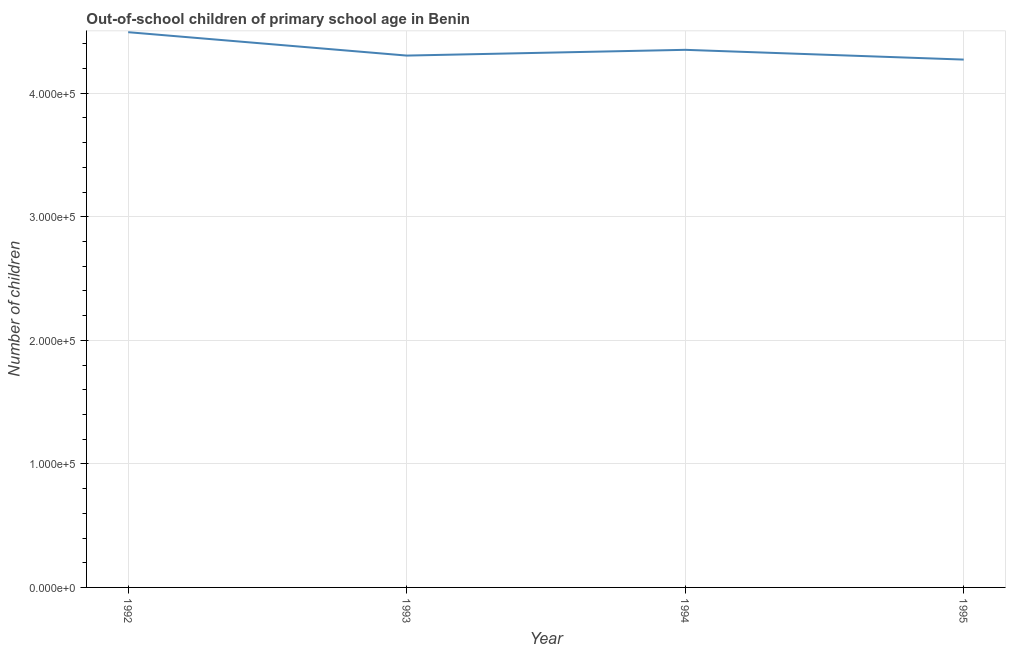
| Year | Out-of-school children of primary school age |
 | --- | --- |
 | 1992 | 4.49e+05 |
 | 1993 | 4.3e+05 |
 | 1994 | 4.35e+05 |
 | 1995 | 4.27e+05 |